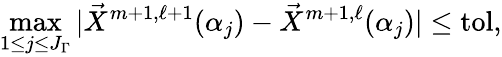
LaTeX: \operatorname*{max}_{1\leq j\leq J_{\Gamma}}|\vec{X}^{m+1,\ell+1}(\alpha_{j})-\vec{X}^{m+1,\ell}(\alpha_{j})|\leq\mathrm{tol},